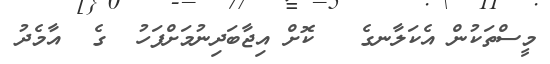
މީސްތަކުން އެކަލާނގެ   ކޮށް އިޖާބަދިނުމަށްފަހު  ގެ  އާމެދު